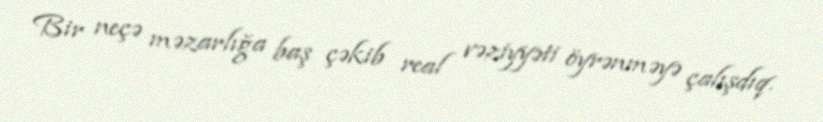
Bir neçə məzarlığa baş çəkib real vəziyyəti öyrənməyə çalışdıq.